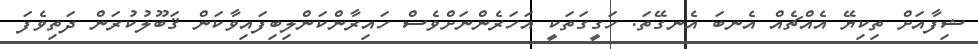
ޝިފާއަށް ތިކިޔޭ އެއްޗެއް އެނބަ އެނގޭތަ. ހަގީގަތަކީ އަހަރެންނަށްވެސް ހައިރާންކަންލިބިފައިވާކަން ޤަބޫލުކުރަން ދަތިވެފަ